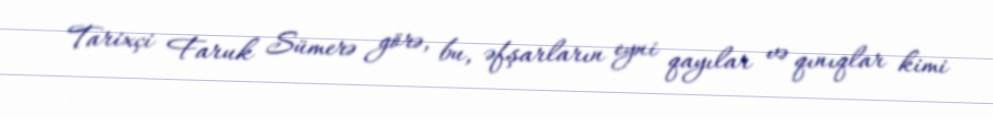
Tarixçi Faruk Sümerə görə, bu, əfşarların eyni qayılar və qınıqlar kimi